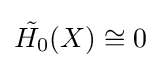
{\tilde {H_{0}}}(X)\cong 0